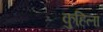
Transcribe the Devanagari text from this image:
कुहिला